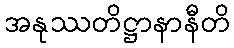
အနုဿတိဋ္ဌာနာနီတိ